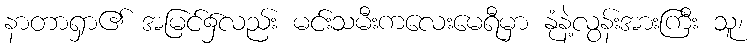
နာတာရှာ၏ အမြင်၌လည်း မင်းသမီးကလေးမေရီမှာ နုံနဲ့လွန်းအားကြီး သူ၊